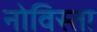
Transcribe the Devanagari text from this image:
नोविस्ता